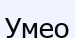
Умео